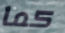
كما